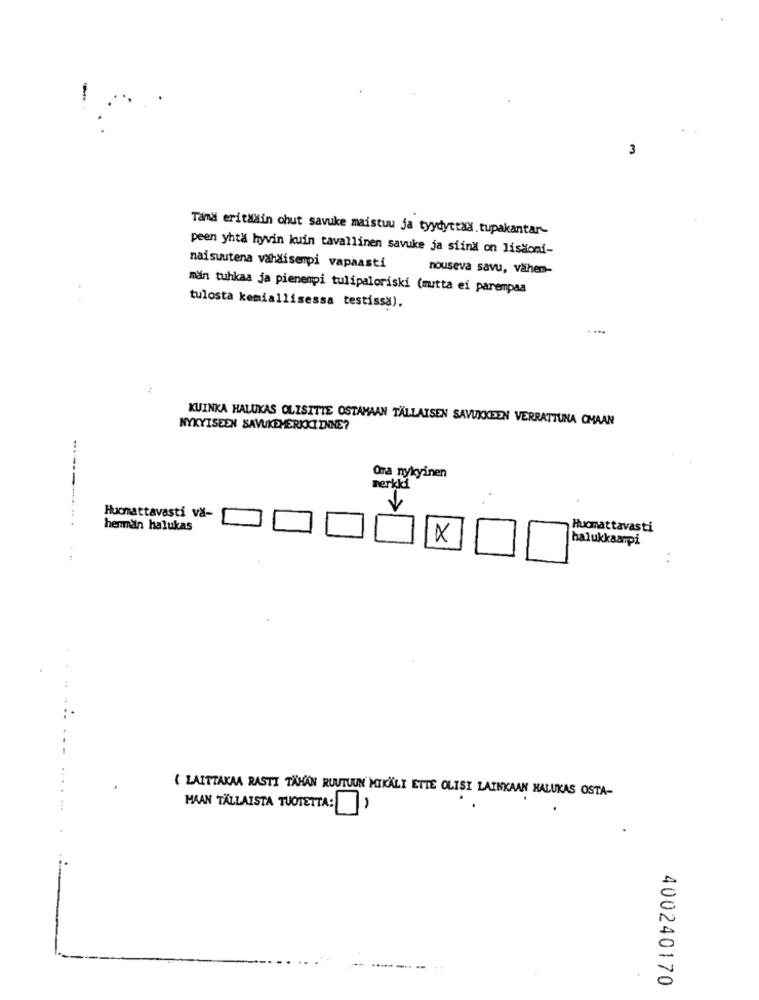
3
Tama eritaxin chut savuke maistuu ja tyydyttad.tupakantar-
peen yhtä hyvin kuin tavallinen savuke ja siind on lisaoni-
naisuutena vähäisempi vapaasti
nouseva savu, vähem-
män tuhkaa ja pienempi tulipaloriski (mutta ei parempaa
tulosta kemiallisessa testissa).
KUINKA HALUKAS OLISITIE OSTAMAAN TALLAISEN SAVUXKEEN VERRATTUNA CMAAN
NYKYISEEN SAVUKEMERKKCIENNE?
Ora nykyinen
nerkki
Huomattavasti vä-
heman halukas
Huomattavasti
x
halukkaarpi
( LAITTAKAA RASTI TÄHÄN RUUTUUN MIKÄLI ETTE OLISI LAINKAAN HALUKAS OSTA-
MAAN TÄLLAISTA TUOTETTA:)
0
0
400240170